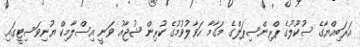
އަރަބިއްޔާގެ ސުކޫލުގެ ޕްރިންސިޕަލްގެ މަގާމާ ހަވާލުވުމުގެ ކުރިން ޝުޖާއު ވަނީ އިސްލާމިކް ޔުނިވަސިޓީގައި